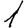
Digit: 1